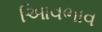
આિવભાવ